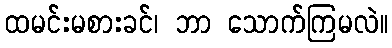
ထမင်းမစားခင်၊ ဘာ သောက်ကြမလဲ။